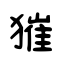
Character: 獕